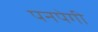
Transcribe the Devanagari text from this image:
पनपेगी